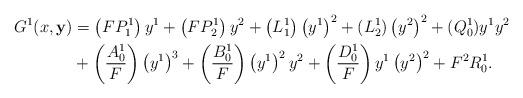
LaTeX: \begin{align*}G^1(x,\mathbf{y}) &= \left( FP^1_1 \right) y^1+\left( FP^1_2 \right) y^2 + \left( L^1_1 \right) \left(y^1 \right)^2 + (L^1_2) \left(y^2 \right)^2+(Q_0^1) y^1 y^2 \\&+ \left( \frac{A^1_0}{F} \right) \left(y^1 \right)^3+ \left( \frac{B^1_0}{F} \right) \left(y^1 \right)^2 y^2 + \left( \frac{D^1_0}{F} \right) y^1 \left(y^2 \right)^2 +F^2R_0^1.\end{align*}